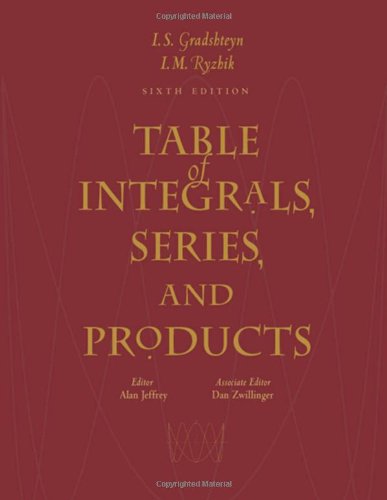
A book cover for Table of Integrals, Series, and Products, Sixth Edition; I. S. Gradshteyn; Science & Math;